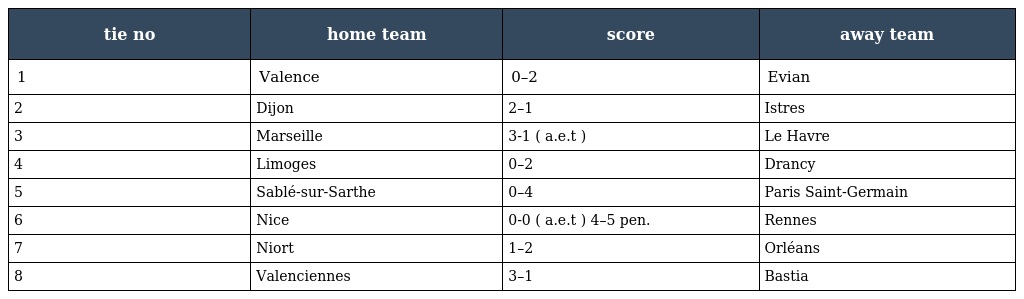
| tie no | home team | score | away team |
 | --- | --- | --- | --- |
 | 1 | Valence | 0–2 | Evian |
 | 2 | Dijon | 2–1 | Istres |
 | 3 | Marseille | 3-1 ( a.e.t ) | Le Havre |
 | 4 | Limoges | 0–2 | Drancy |
 | 5 | Sablé-sur-Sarthe | 0–4 | Paris Saint-Germain |
 | 6 | Nice | 0-0 ( a.e.t ) 4–5 pen. | Rennes |
 | 7 | Niort | 1–2 | Orléans |
 | 8 | Valenciennes | 3–1 | Bastia |